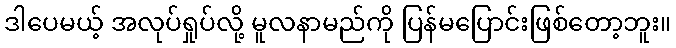
ဒါပေမယ့် အလုပ်ရှုပ်လို့ မူလနာမည်ကို ပြန်မပြောင်းဖြစ်တော့ဘူး။